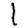
Digit: 1